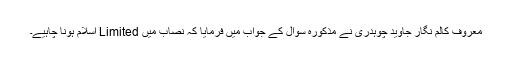
معروف کالم نگار جاوید چوہدری نے مذکورہ سوال کے جواب میں فرمایا کہ نصاب میں Limited اسلام ہونا چاہیے۔